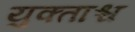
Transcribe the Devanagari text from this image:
युक्ताश्च